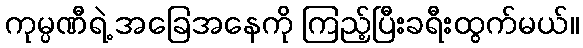
ကုမ္ပဏီရဲ့ အခြေအနေကို ကြည့်ပြီးခရီးထွက်မယ်။